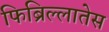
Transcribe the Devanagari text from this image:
फिब्रिल्लातेस